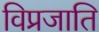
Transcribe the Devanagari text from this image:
विप्रजाति